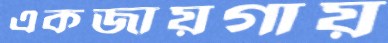
একজায়গায়